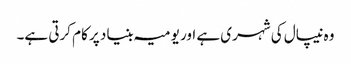
وہ نیپال کی شہری ہے اور یومیہ بنیاد پر کام کرتی ہے۔